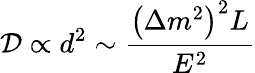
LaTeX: {\cal D}\propto d^{2}\sim\frac{\left(\Delta m^{2}\right)^{2}L}{E^{2}}